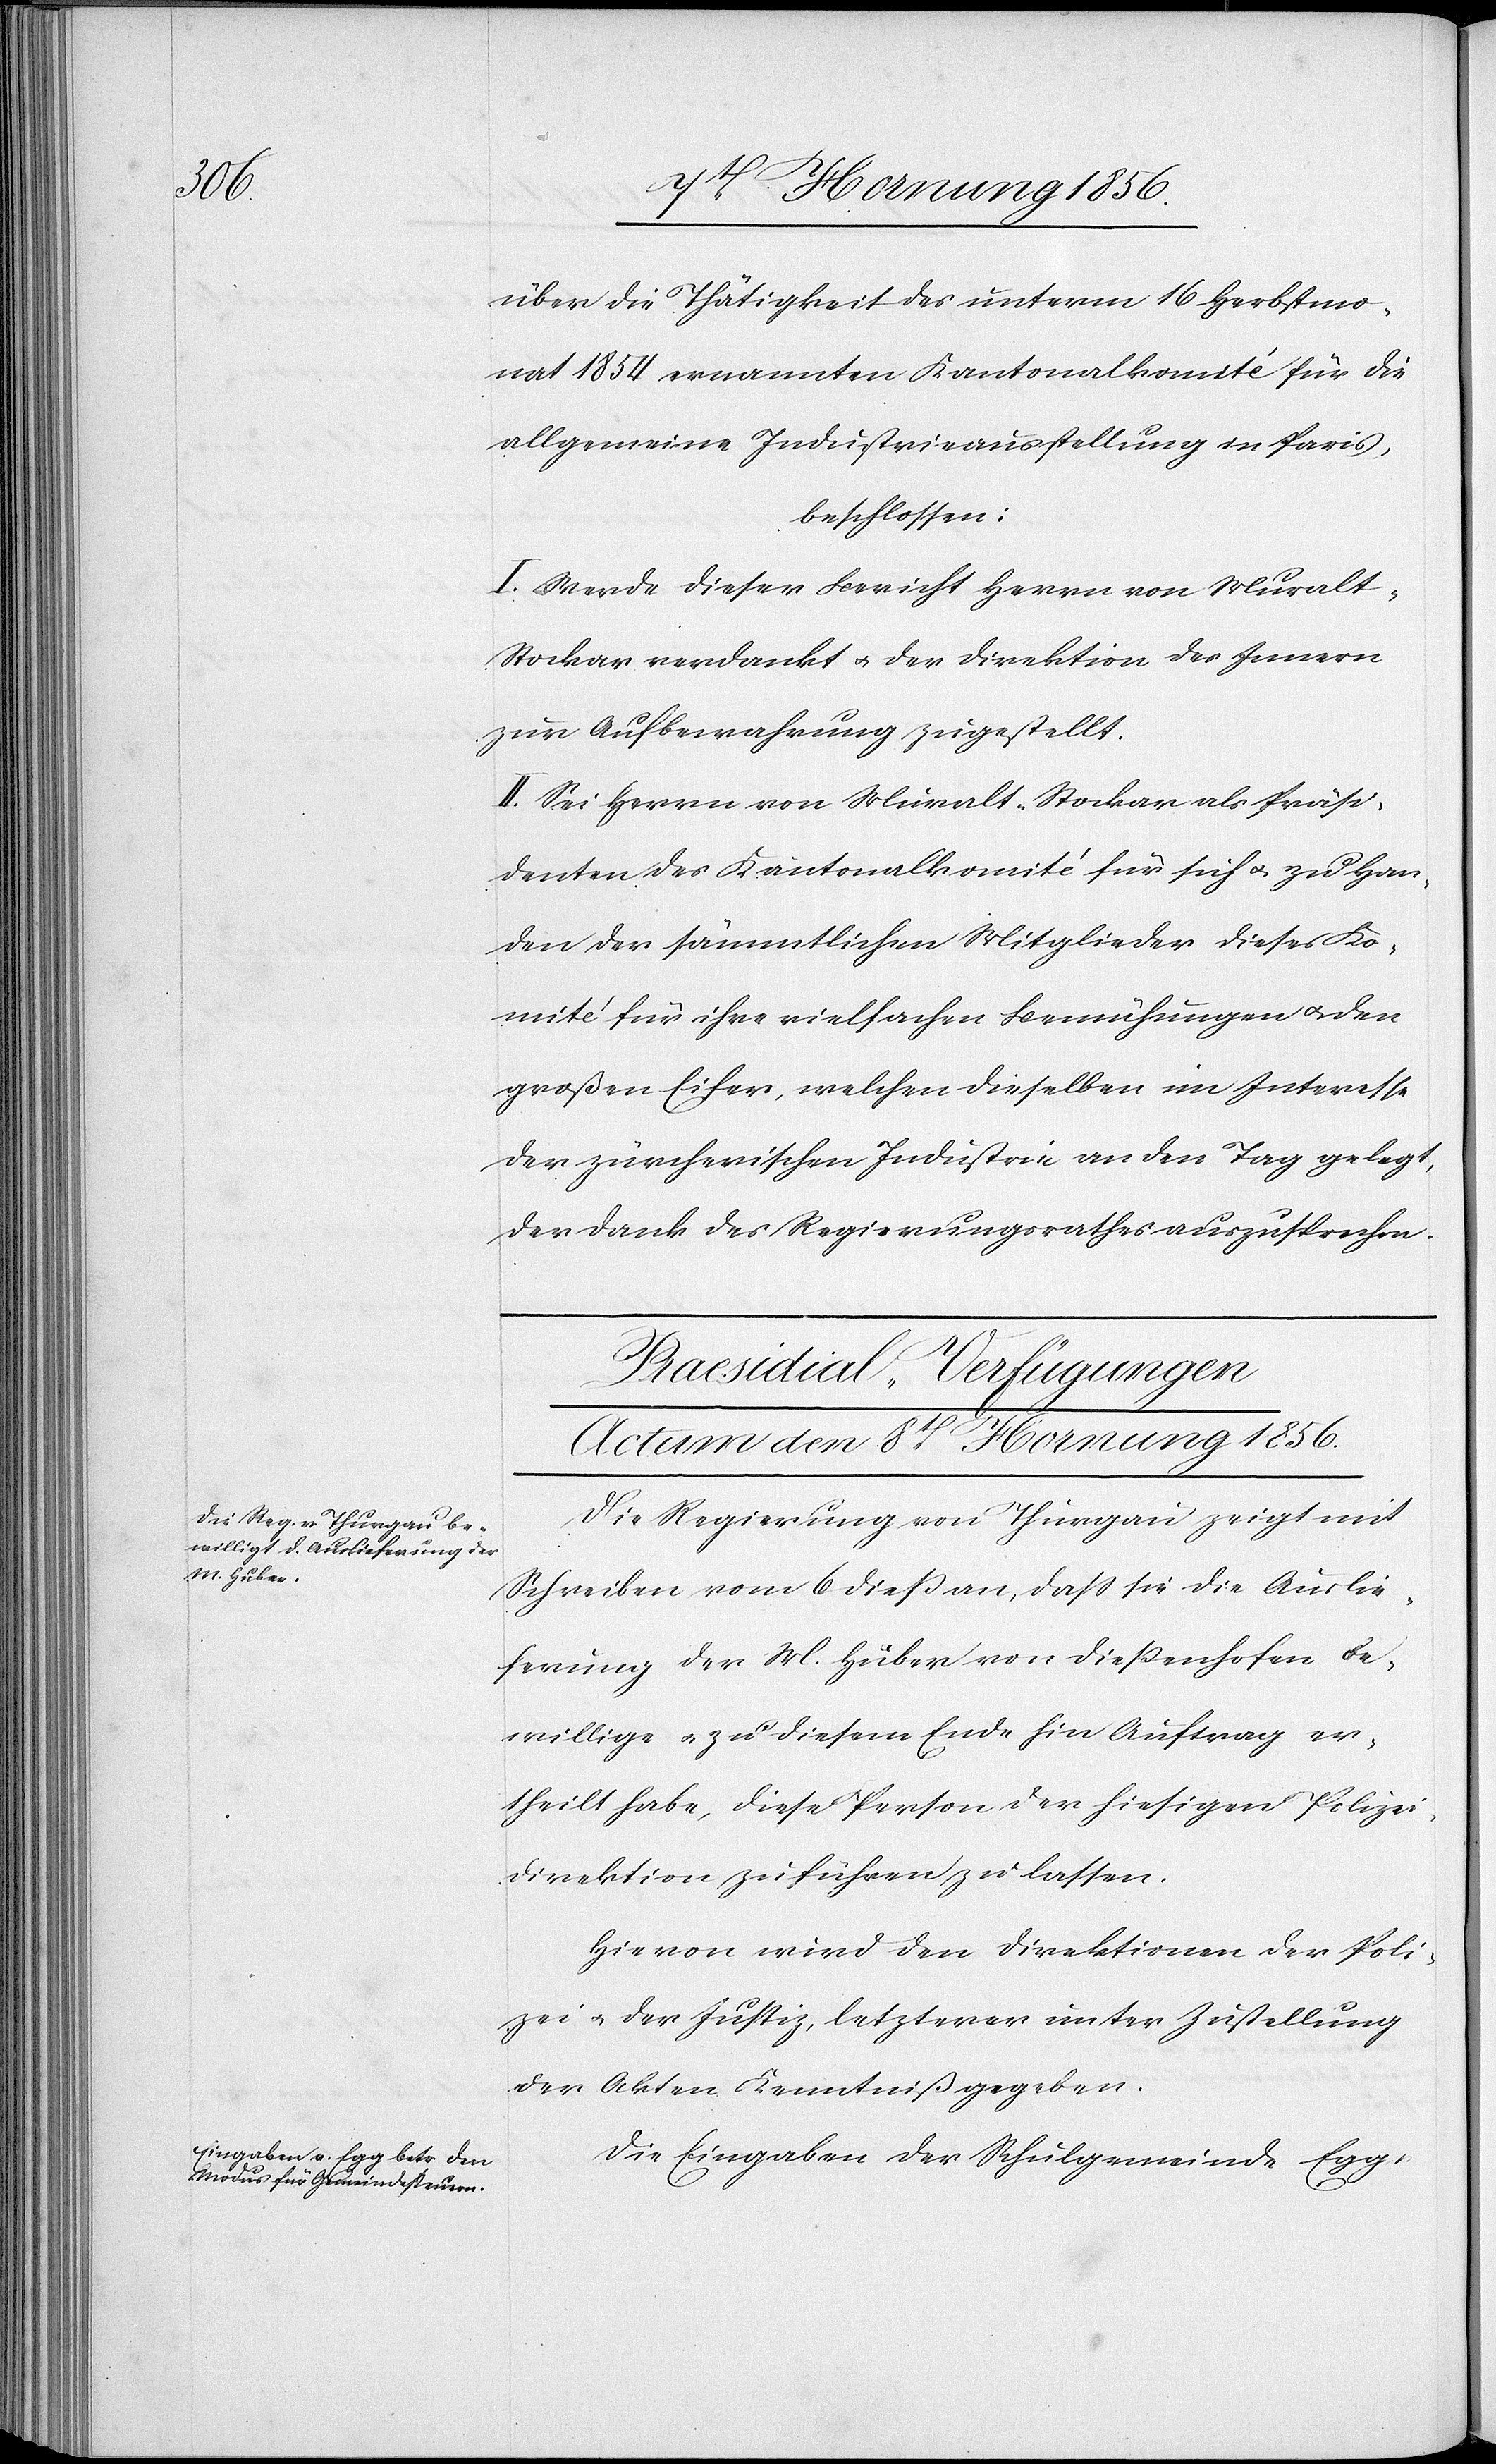
über die Thätigkeit des unterm 16 Herbstmo¬
nat 1854 ernannten Kantonalkomité für die
allgemeine Industrieausstellung in Paris,
beschlossen:
I. Werde dieser Bericht Herrn von Mural¬
t-Stockar verdankt u. der Direktion des Innern
zur Aufbewahrung zugestellt.
II. Sei Herrn von Muralt-Stockar als Präsi¬
denten des Kantonalkomité für sich u. zu Han¬
den der sämmtlichen Mitglieder dieses Ko¬
mité für ihre vielfachen Bemühungen u. den
großen Eifer, welchen dieselben im Interesse
der zürcherischen Industrie an den Tag gelegt,
der Dank des Regierungsrathes auszusprechen.
[Praesidial-Verfügungen
Actum den 8t Hornung 1856.]
Die Regierung von Thurgau zeigt mit
Schreiben vom 6 dieß an, daß sie die Auslie¬
ferung der M. Hüber von Dießenhofen be¬
willige u. zu diesem Ende hin Auftrag er¬
theilt habe, diese Person der hiesigen Polizei¬
direktion zuführen zu lassen.
Hievon wird den Direktionen der Poli¬
zei u. der Justiz, letzterer unter Zustellung
der Akten Kenntniß gegeben.
Die Eingaben der Schulgemeinde Egg